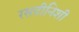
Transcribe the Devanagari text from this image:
रसदीनिशी